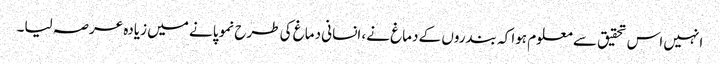
انہیں اس تحقیق سے معلوم ہوا کہ بندروں کے دماغ نے، انسانی دماغ کی طرح نمو پانے میں زیادہ عرصہ لیا۔